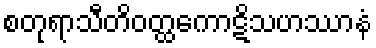
စတုရာသီတိဝတ္ထကောဋိသဟဿာနံ